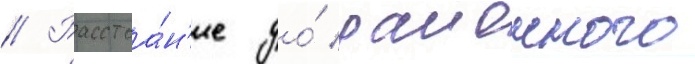
// Расстоа́н'ие до́ раионного